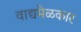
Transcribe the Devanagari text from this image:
वाद्यमेळकार